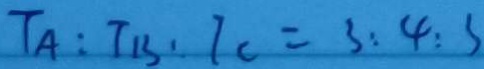
T _ { A } : T _ { B } : T _ { c } = 3 : 4 : 3